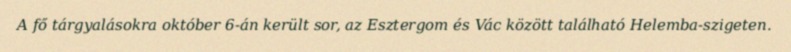
A fő tárgyalásokra október 6-án került sor, az Esztergom és Vác között található Helemba-szigeten.